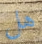
هل